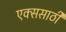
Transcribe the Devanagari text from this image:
एक्ससाठी